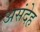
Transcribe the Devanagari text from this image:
असंदेह